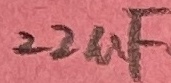
Text: 22uF